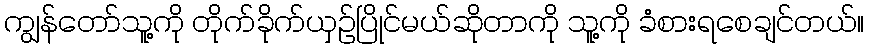
ကျွန်တော်သူ့ကို တိုက်ခိုက်ယှဉ်ပြိုင်မယ်ဆိုတာကို သူ့ကို ခံစားရစေချင်တယ်။